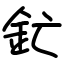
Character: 釯